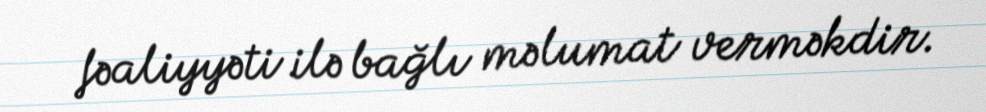
fəaliyyəti ilə bağlı məlumat verməkdir.